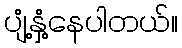
ပျံ့နှံ့နေပါတယ်။